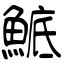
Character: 鯳